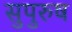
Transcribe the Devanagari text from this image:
सुपुरुष